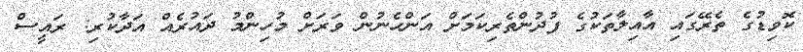
ކޮވިޑުގެ ތެރޭގައި އާއިލާތަކުގެ ފުދުންތެރިކަމަށް އަންހެނުން ވަރަށް މުހިންމު ދައުރެއް އަދާކުރި: ރައީސް